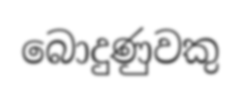
බොදුණුවකු